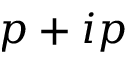
p + i p